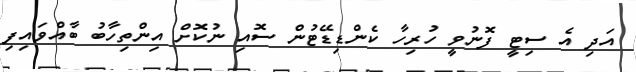
އަދި އެ ސިޓީ ފޮނުވީ ހުރިހާ ކެންޑިޑޭޓުން ސޮއި ނުކޮށް އިންތިހާބު ބާއްވައިފި